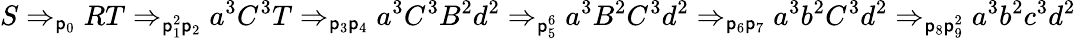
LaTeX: S\Rightarrow_{\mathsf{p}_{0}}RT\Rightarrow_{\mathsf{p}_{1}^{2}\mathsf{p}_{2}}a^{3}C^{3}T\Rightarrow_{\mathsf{p}_{3}\mathsf{p}_{4}}a^{3}C^{3}B^{2}d^{2}\Rightarrow_{\mathsf{p}_{5}^{6}}a^{3}B^{2}C^{3}d^{2}\Rightarrow_{\mathsf{p}_{6}\mathsf{p}_{7}}a^{3}b^{2}C^{3}d^{2}\Rightarrow_{\mathsf{p}_{8}\mathsf{p}_{9}^{2}}a^{3}b^{2}c^{3}d^{2}